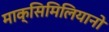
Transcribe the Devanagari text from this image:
माक्सिमिलियानो